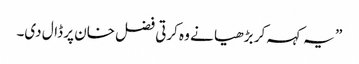
” یہ کہہ کر بڑھیا نے وہ کرتی فضل خان پر ڈال دی۔